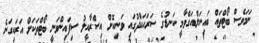
ނަމަވެސް ބޯޓްތައް ބައިނަލްއަގްވާމީ ކަނޑުގެ ސަރަހައްދުގައި ވަނިކޮށް އިސްރާއީލު ސިފައިންވަނީ ބޯޓްތަކަށް އަރައިގަނެ